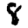
Digit: 8